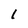
Character: l